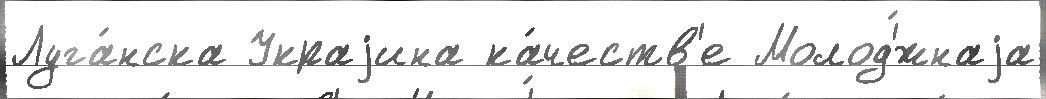
Луга́нска Украjина ка́честв'е Молод'́жнаjа